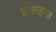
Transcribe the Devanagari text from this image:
प्रोकाइरल